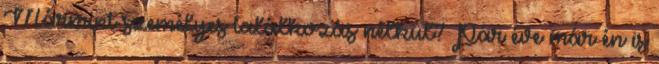
Mármint személyes találkozás nélkül? Pár éve már én is